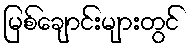
မြစ်ချောင်းများတွင်